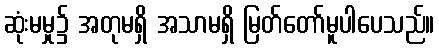
ဆုံးမမှု၌ အတုမရှိ အသာမရှိ မြတ်တော်မူပါပေသည်။